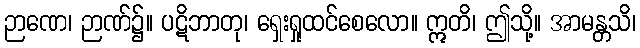
ဉာဏေ၊ ဉာဏ်၌။ ပဋိဘာတု၊ ရှေးရှုထင်စေလော။ ဣတိ၊ ဤသို့။ အာမန္တသိ၊